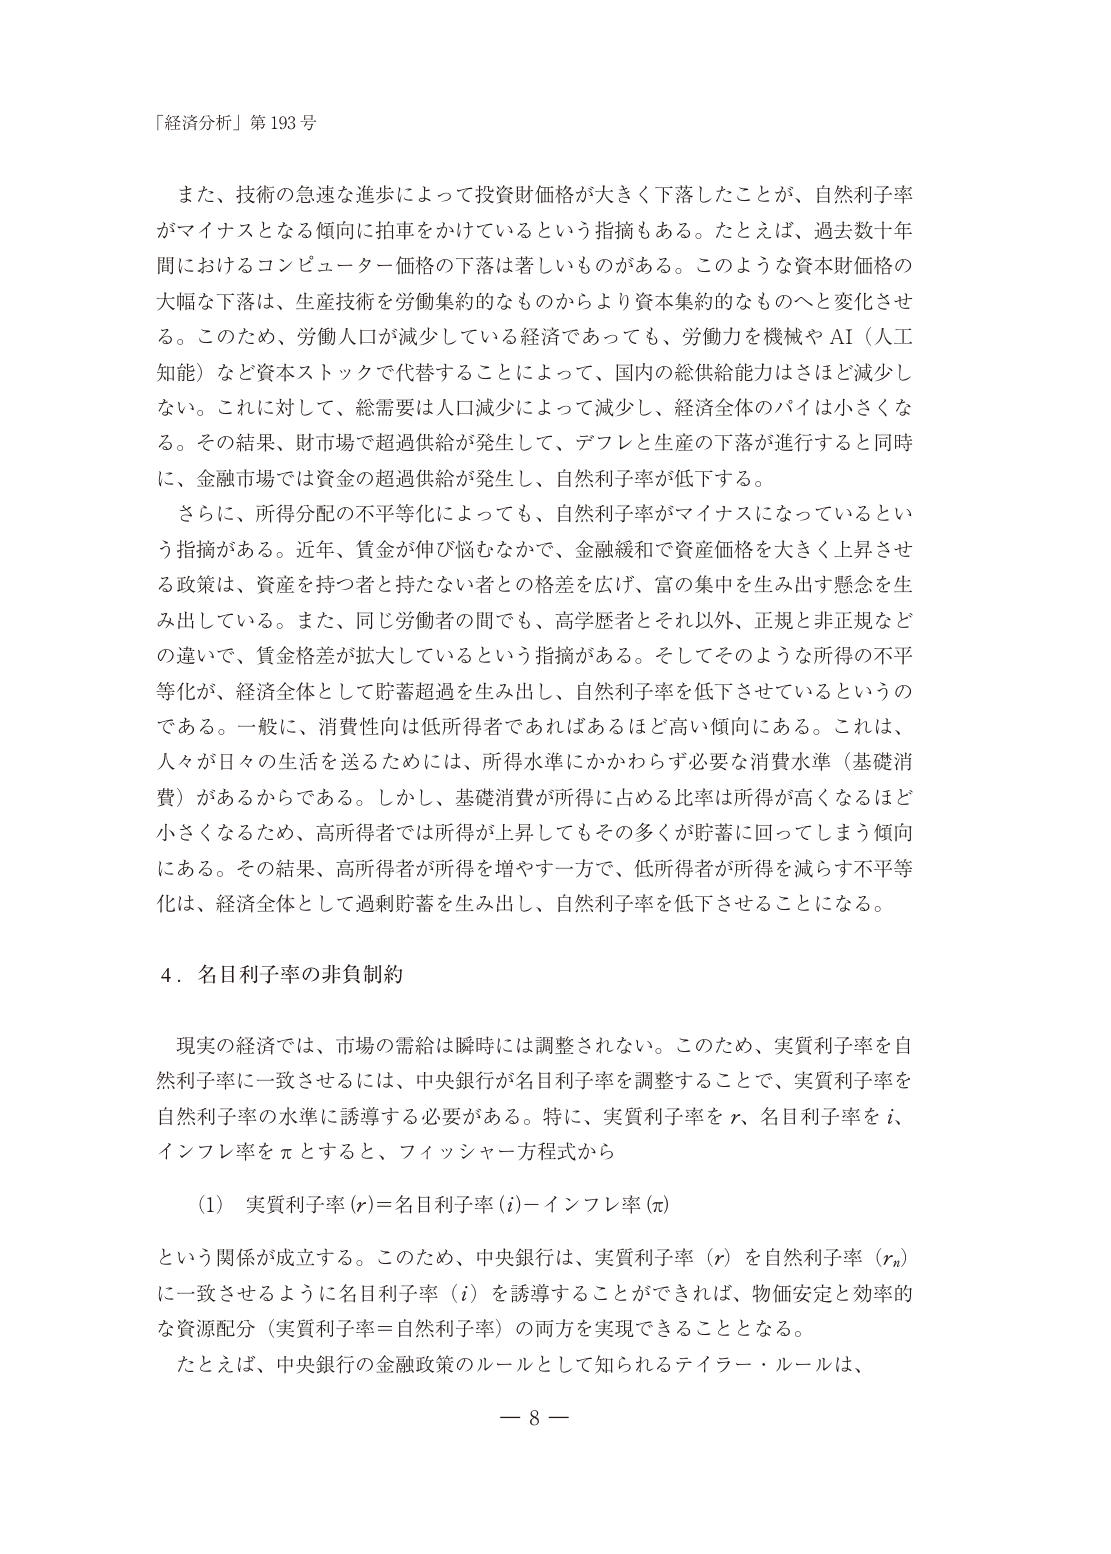
「経済分析」第193号

また、技術の急速な進歩によって投資財価格が大きく下落したことが、自然利子率がマイナスとなる傾向に拍車をかけているという指摘もある。たとえば、過去数十年間におけるコンピューター価格の下落は著しいものがある。このような資本財価格の大幅な下落は、生産技術を労働集約的なものからより資本集約的なものへと変化させる。このため、労働人口が減少している経済であっても、労働力を機械やAI（人工知能）など資本ストックで代替することによって、国内の総供給能力はさほど減少しない。これに対して、総需要は人口減少によって減少し、経済全体のパイは小さくなる。その結果、財市場で超過供給が発生して、デフレと生産の下落が進行すると同時に、金融市場では資金の超過供給が発生し、自然利子率が低下する。

さらに、所得分配の不平等化によっても、自然利子率がマイナスになっているという指摘がある。近年、賃金が伸び悩むなかで、金融緩和で資産価格を大きく上昇させる政策は、資産を持つ者と持たない者との格差を広げ、富の集中を生み出す懸念を生み出している。また、同じ労働者の間でも、高学歴者とそれ以外、正規と非正規などの違いで、賃金格差が拡大しているという指摘がある。そしてそのような所得の不平等化が、経済全体として貯蓄超過を生み出し、自然利子率を低下させているというのである。一般に、消費性向は低所得者であればあるほど高い傾向にある。これは、人々が日々の生活を送るためには、所得水準にかかわらず必要な消費水準（基礎消費）があるからである。しかし、基礎消費が所得に占める比率は所得が高くなるほど小さくなるため、高所得者では所得が上昇してもその多くが貯蓄に回ってしまう傾向にある。その結果、高所得者が所得を増やす一方で、低所得者が所得を減らす不平等化は、経済全体として過剰貯蓄を生み出し、自然利子率を低下させることになる。

4．名目利子率の非負制約

現実の経済では、市場の需給は瞬時には調整されない。このため、実質利子率を自然利子率に一致させるには、中央銀行が名目利子率を調整することで、実質利子率を自然利子率の水準に誘導する必要がある。特に、実質利子率をr、名目利子率をi、インフレ率をπとすると、フィッシャー方程式から

（1）実質利子率（r）＝名目利子率（i）－インフレ率（π）

という関係が成立する。このため、中央銀行は、実質利子率（r）を自然利子率（rn）に一致させるように名目利子率（i）を誘導することができれば、物価安定と効率的な資源配分（実質利子率＝自然利子率）の両方を実現できることとなる。

たとえば、中央銀行の金融政策のルールとして知られるテイラー・ルールは、

－8－